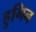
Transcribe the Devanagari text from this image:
हुगिन